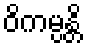
ဝိကမ္ပန္တိ